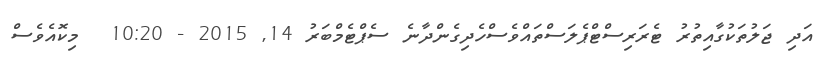
އަދި ޖަލުތަކުގާއިތުރު ޓެރަރިސްޓްޕެލަސްތައްވެސްހެދިގެންދާނެ ސެޕްޓެމްބަރު 14